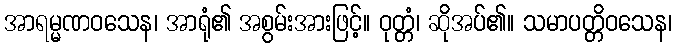
အာရမ္မဏဝသေန၊ အာရုံ၏ အစွမ်းအားဖြင့်။ ဝုတ္တံ၊ ဆိုအပ်၏။ သမာပတ္တိဝသေန၊